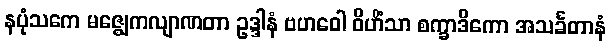
နပုံသကေ မဇ္ဈေကလျာဏတာ ဥဒ္ဒါနံ ဗဟဝေါ ဝိဟိံသာ စက္ခာဒိကော အသင်္ခတာနံ